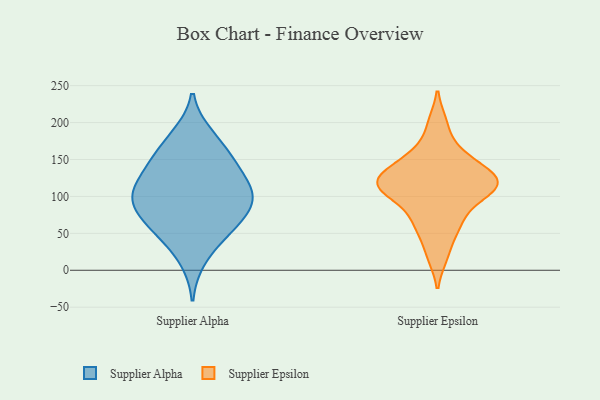
{"axis": {"x": "Active Users", "y": "Value"}, "legend": ["Supplier Alpha", "Supplier Epsilon"], "data": [{"x": "", "y": 48, "type": "Supplier Alpha"}, {"x": "", "y": 113, "type": "Supplier Alpha"}, {"x": "", "y": 184, "type": "Supplier Alpha"}, {"x": "", "y": 154, "type": "Supplier Alpha"}, {"x": "", "y": 58, "type": "Supplier Alpha"}, {"x": "", "y": 140, "type": "Supplier Alpha"}, {"x": "", "y": 68, "type": "Supplier Alpha"}, {"x": "", "y": 102, "type": "Supplier Alpha"}, {"x": "", "y": 178, "type": "Supplier Alpha"}, {"x": "", "y": 55, "type": "Supplier Alpha"}, {"x": "", "y": 84, "type": "Supplier Alpha"}, {"x": "", "y": 100, "type": "Supplier Alpha"}, {"x": "", "y": 141, "type": "Supplier Alpha"}, {"x": "", "y": 102, "type": "Supplier Alpha"}, {"x": "", "y": 141, "type": "Supplier Alpha"}, {"x": "", "y": 90, "type": "Supplier Alpha"}, {"x": "", "y": 14, "type": "Supplier Alpha"}, {"x": "", "y": 103, "type": "Supplier Alpha"}, {"x": "", "y": 199, "type": "Supplier Epsilon"}, {"x": "", "y": 159, "type": "Supplier Epsilon"}, {"x": "", "y": 53, "type": "Supplier Epsilon"}, {"x": "", "y": 120, "type": "Supplier Epsilon"}, {"x": "", "y": 125, "type": "Supplier Epsilon"}, {"x": "", "y": 110, "type": "Supplier Epsilon"}, {"x": "", "y": 82, "type": "Supplier Epsilon"}, {"x": "", "y": 111, "type": "Supplier Epsilon"}, {"x": "", "y": 64, "type": "Supplier Epsilon"}, {"x": "", "y": 136, "type": "Supplier Epsilon"}, {"x": "", "y": 100, "type": "Supplier Epsilon"}, {"x": "", "y": 19, "type": "Supplier Epsilon"}, {"x": "", "y": 126, "type": "Supplier Epsilon"}, {"x": "", "y": 116, "type": "Supplier Epsilon"}, {"x": "", "y": 154, "type": "Supplier Epsilon"}]}